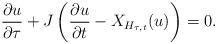
LaTeX: \begin{align*}\frac{\partial u}{\partial \tau}+J\left(\frac{\partial u}{\partial t} - X_{H_{\tau,t}} (u)\right) = 0.\end{align*}